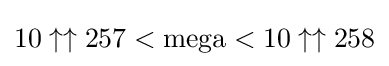
10\uparrow \uparrow 257<{\text{mega}}<10\uparrow \uparrow 258